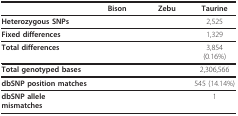
<table><thead><tr><td>[EMPTY_CELL]</td><td><b>Bison</b></td><td><b>Zebu</b></td><td><b>Taurine</b></td></tr></thead><tbody><tr><td><b>Heterozygous SNPs</b></td><td>[EMPTY_CELL]</td><td>[EMPTY_CELL]</td><td>2,525</td></tr><tr><td><b>Fixed differences</b></td><td>[EMPTY_CELL]</td><td>[EMPTY_CELL]</td><td>1,329</td></tr><tr><td><b>Total differences</b></td><td>[EMPTY_CELL]</td><td>[EMPTY_CELL]</td><td>3,854 (0.16%)</td></tr><tr><td><b>Total genotyped bases</b></td><td>[EMPTY_CELL]</td><td>[EMPTY_CELL]</td><td>2,306,566</td></tr><tr><td><b>dbSNP position matches</b></td><td>[EMPTY_CELL]</td><td>[EMPTY_CELL]</td><td>545 (14.14%)</td></tr><tr><td><b>dbSNP allele mismatches</b></td><td>[EMPTY_CELL]</td><td>[EMPTY_CELL]</td><td>1</td></tr></tbody></table>